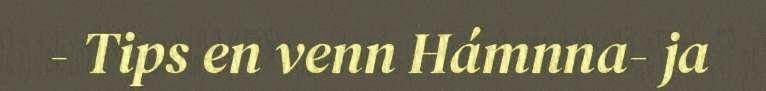
- Tips en venn Hámnna- ja